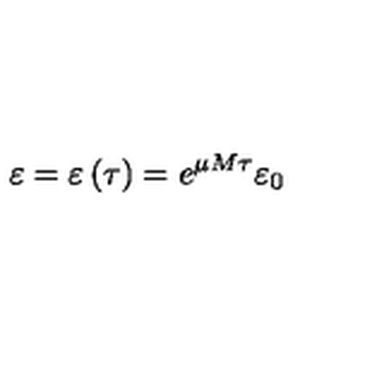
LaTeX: \varepsilon = \varepsilon \left( \tau \right) = e ^ { \mu M \tau } \varepsilon _ { 0 }